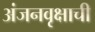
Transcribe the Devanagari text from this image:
अंजनवृक्षाची